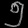
Digit: ၅